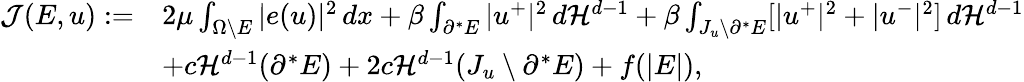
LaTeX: \begin{array}{rl}{{\mathcal J}(E,u):=}&{2\mu\int_{\Omega\setminus E}|e(u)|^{2}\, dx+\beta\int_{\partial^{*}E}|u^{+}|^{2}\, d{\mathcal{H}}^{d-1}+\beta\int_{J_{u}\setminus\partial^{*}E}[|u^{+}|^{2}+|u^{-}|^{2}]\, d{\mathcal{H}}^{d-1}}\\ &{+c{\mathcal{H}}^{d-1}(\partial^{*}E)+2c{\mathcal{H}}^{d-1}(J_{u}\setminus\partial^{*}E)+f(|E|),}\end{array}